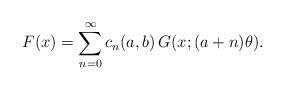
LaTeX: \begin{align*}F(x) = \sum_{n=0}^\infty c_n(a,b)\, G(x;(a+n)\theta).\end{align*}